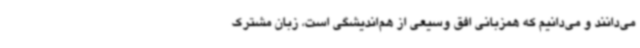
می‌دانند و می‌دانیم که همزبانی افق وسیعی از هم‌اندیشگی است، زبان مشترک